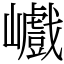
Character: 巇